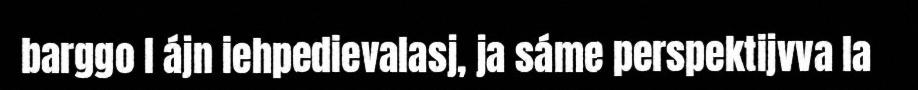
barggo l ájn iehpedievalasj, ja sáme perspektijvva la